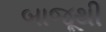
બાજૂથી